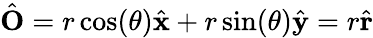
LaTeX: {\hat{\mathbf{O}}}=r\cos(\theta){\hat{\mathbf{x}}}+r\sin(\theta){\hat{\mathbf{y}}}=r{\hat{\mathbf{r}}}